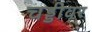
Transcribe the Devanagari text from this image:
चड्डीवर